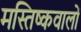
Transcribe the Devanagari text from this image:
मस्तिष्कवालों